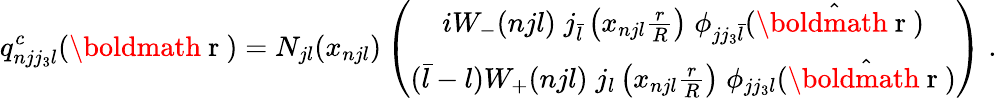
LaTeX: q_{njj_{3}l}^{c}(\mathrm{\boldmath~r~})=N_{jl}(x_{njl})\left(\begin{array}{c}{{iW_{-}(njl)\; j_{\bar{l}}\left(x_{njl}\frac{r}{R}\right)\; \phi_{jj_{3}\bar{l}}(\hat{\mathrm{\boldmath~r~}})}}\\ {{(\bar{l}-l)W_{+}(njl)\; j_{l}\left(x_{njl}\frac{r}{R}\right)\; \phi_{jj_{3}l}(\hat{\mathrm{\boldmath~r~}})}}\end{array}\right)\; .